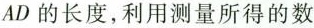
AD的长度,利用测量所得的数